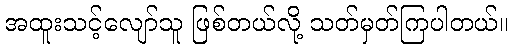
အထူးသင့်လျော်သူ ဖြစ်တယ်လို့ သတ်မှတ်ကြပါတယ်။